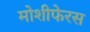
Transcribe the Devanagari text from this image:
मोशीफेरस